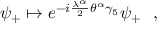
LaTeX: \psi _ { + } \mapsto e ^ { - i { \frac { \lambda ^ { \alpha } } { 2 } } \theta ^ { \alpha } \gamma _ { 5 } } \psi _ { + } ~ ~ ,